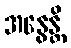
အနွေန္တိ